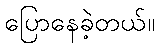
ပြောနေခဲ့တယ်။